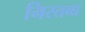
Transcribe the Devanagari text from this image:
निस्तब्ध